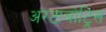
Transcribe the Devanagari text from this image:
अरटाबोट्रिस